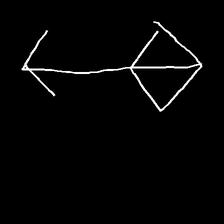
Glyph: focus